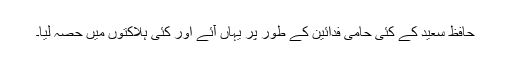
حافظ سعید کے کئی حامی فدائین کے طور پر یہاں آئے اور کئی ہلاکتوں میں حصہ لیا۔